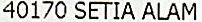
40170 SETIA ALAM